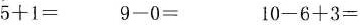
$$5 + 1 =$$ $$9 - 0 =$$ $$1 0 - 6 + 3 =$$